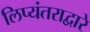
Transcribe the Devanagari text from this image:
लिप्यंतराद्वारे